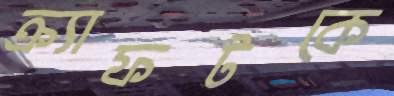
ক্র্যাফটকে